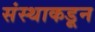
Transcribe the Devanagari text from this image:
संस्थाकडून